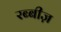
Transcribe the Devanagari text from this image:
रब्बीज़